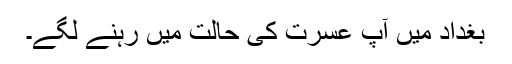
بغداد میں آپ عسرت کی حالت میں رہنے لگے۔